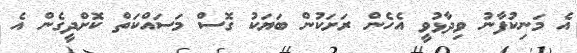
އެ މަނިކުފާނު ވިދާޅުވީ އެހެން ރަށަކުން ބަޔަކު ގޮސް މަސައްކަތް ކޮށްދީގެން އެ